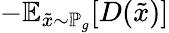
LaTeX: -\mathbb{E}_{{\tilde{x}}\sim\mathbb{P}_{g}}[D({\tilde{x}})]